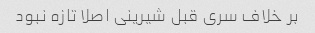
بر خلاف سری قبل شیرینی اصلا تازه نبود